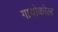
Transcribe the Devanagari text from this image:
गायोकोल